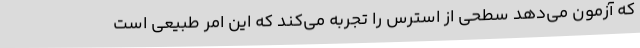
که آزمون می‌دهد سطحی از استرس را تجربه می‌کند که این امر طبیعی است